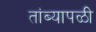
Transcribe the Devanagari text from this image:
तांब्यापळी